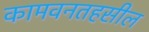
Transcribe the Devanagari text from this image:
कामवनतहसील